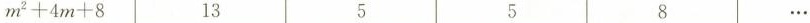
$$m^{ 2 } + 4 m + 8$$ 13 5 5 8 …